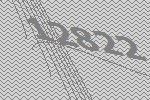
12822